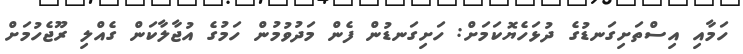
ހަމާއި އިސްތަށިގަނޑުގެ ދުޅަހެޔޮކަމަށް: ހަށިގަނޑުން ފެން މަދުވުމުން ހަމުގެ އުޖާލާކަން ގެއްލި ރޫޖެހުމަށް